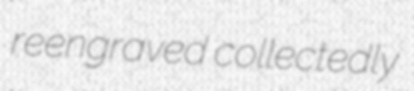
reengraved collectedly